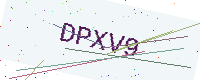
Text: DPXV9